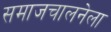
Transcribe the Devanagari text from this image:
समाजचालनेला